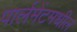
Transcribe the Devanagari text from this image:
पार्लमेंटमधील